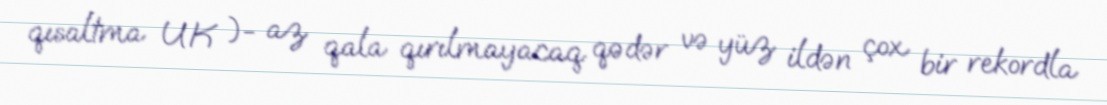
qısaltma UK )- az qala qırılmayacaq qədər və yüz ildən çox bir rekordla